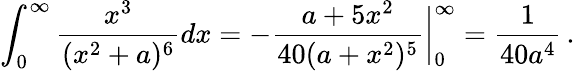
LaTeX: \int_{0}^{\infty}\frac{x^{3}}{(x^{2}+a)^{6}}dx=-\frac{a+5x^{2}}{40(a+x^{2})^{5}}\bigg\vert_{0}^{\infty}=\frac{1}{40a^{4}}\, .